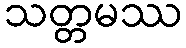
သတ္တမဿ